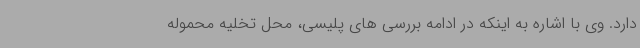
دارد. وی با اشاره به اینکه در ادامه بررسی های پلیسی، محل تخلیه محموله